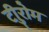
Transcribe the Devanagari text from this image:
टीुरोम